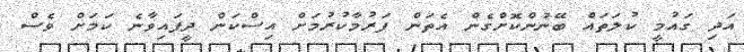
އަދި ގައުމީ ކުލަތައް ބޭނުންކޮށްގެން އެތަން ފަރުމާކުރުމަށް އިސްކަން ދީފައިވާނެ ކަމަށް ވެސް